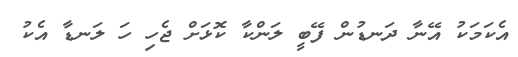
އެކަމަކު އޭނާ ދަނޑުން ފޭބީ ލަންކާ ކޮޅަށް ޖެހި ހަ ލަނޑާ އެކު